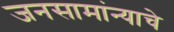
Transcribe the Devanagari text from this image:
जनसामांन्याचे